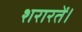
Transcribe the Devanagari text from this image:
शरारतें।